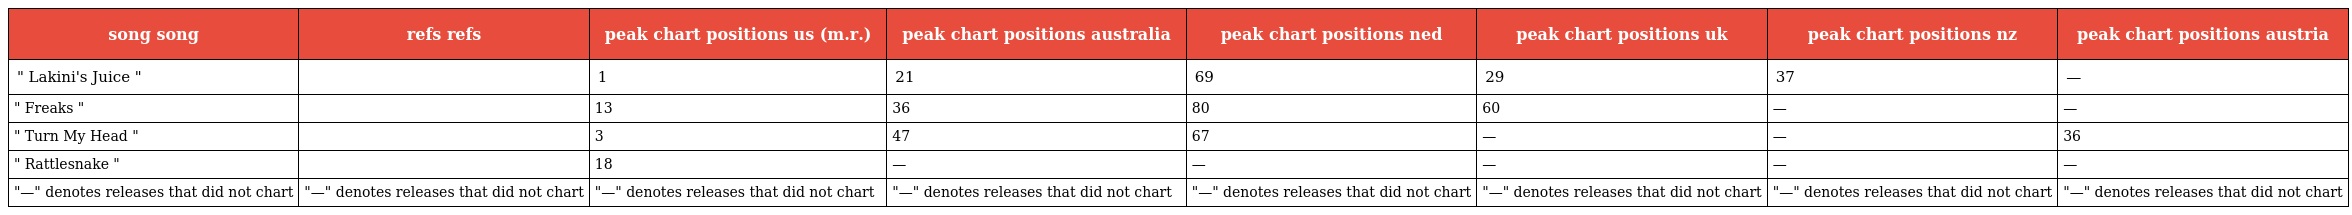
| song song | refs refs | peak chart positions us (m.r.) | peak chart positions australia | peak chart positions ned | peak chart positions uk | peak chart positions nz | peak chart positions austria |
 | --- | --- | --- | --- | --- | --- | --- | --- |
 | " Lakini's Juice " |  | 1 | 21 | 69 | 29 | 37 | — |
 | " Freaks " |  | 13 | 36 | 80 | 60 | — | — |
 | " Turn My Head " |  | 3 | 47 | 67 | — | — | 36 |
 | " Rattlesnake " |  | 18 | — | — | — | — | — |
 | "—" denotes releases that did not chart | "—" denotes releases that did not chart | "—" denotes releases that did not chart | "—" denotes releases that did not chart | "—" denotes releases that did not chart | "—" denotes releases that did not chart | "—" denotes releases that did not chart | "—" denotes releases that did not chart |